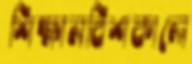
শিক্ষানবিশকালে